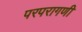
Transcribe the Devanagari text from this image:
परपरागणी